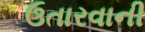
ઉતારવાની